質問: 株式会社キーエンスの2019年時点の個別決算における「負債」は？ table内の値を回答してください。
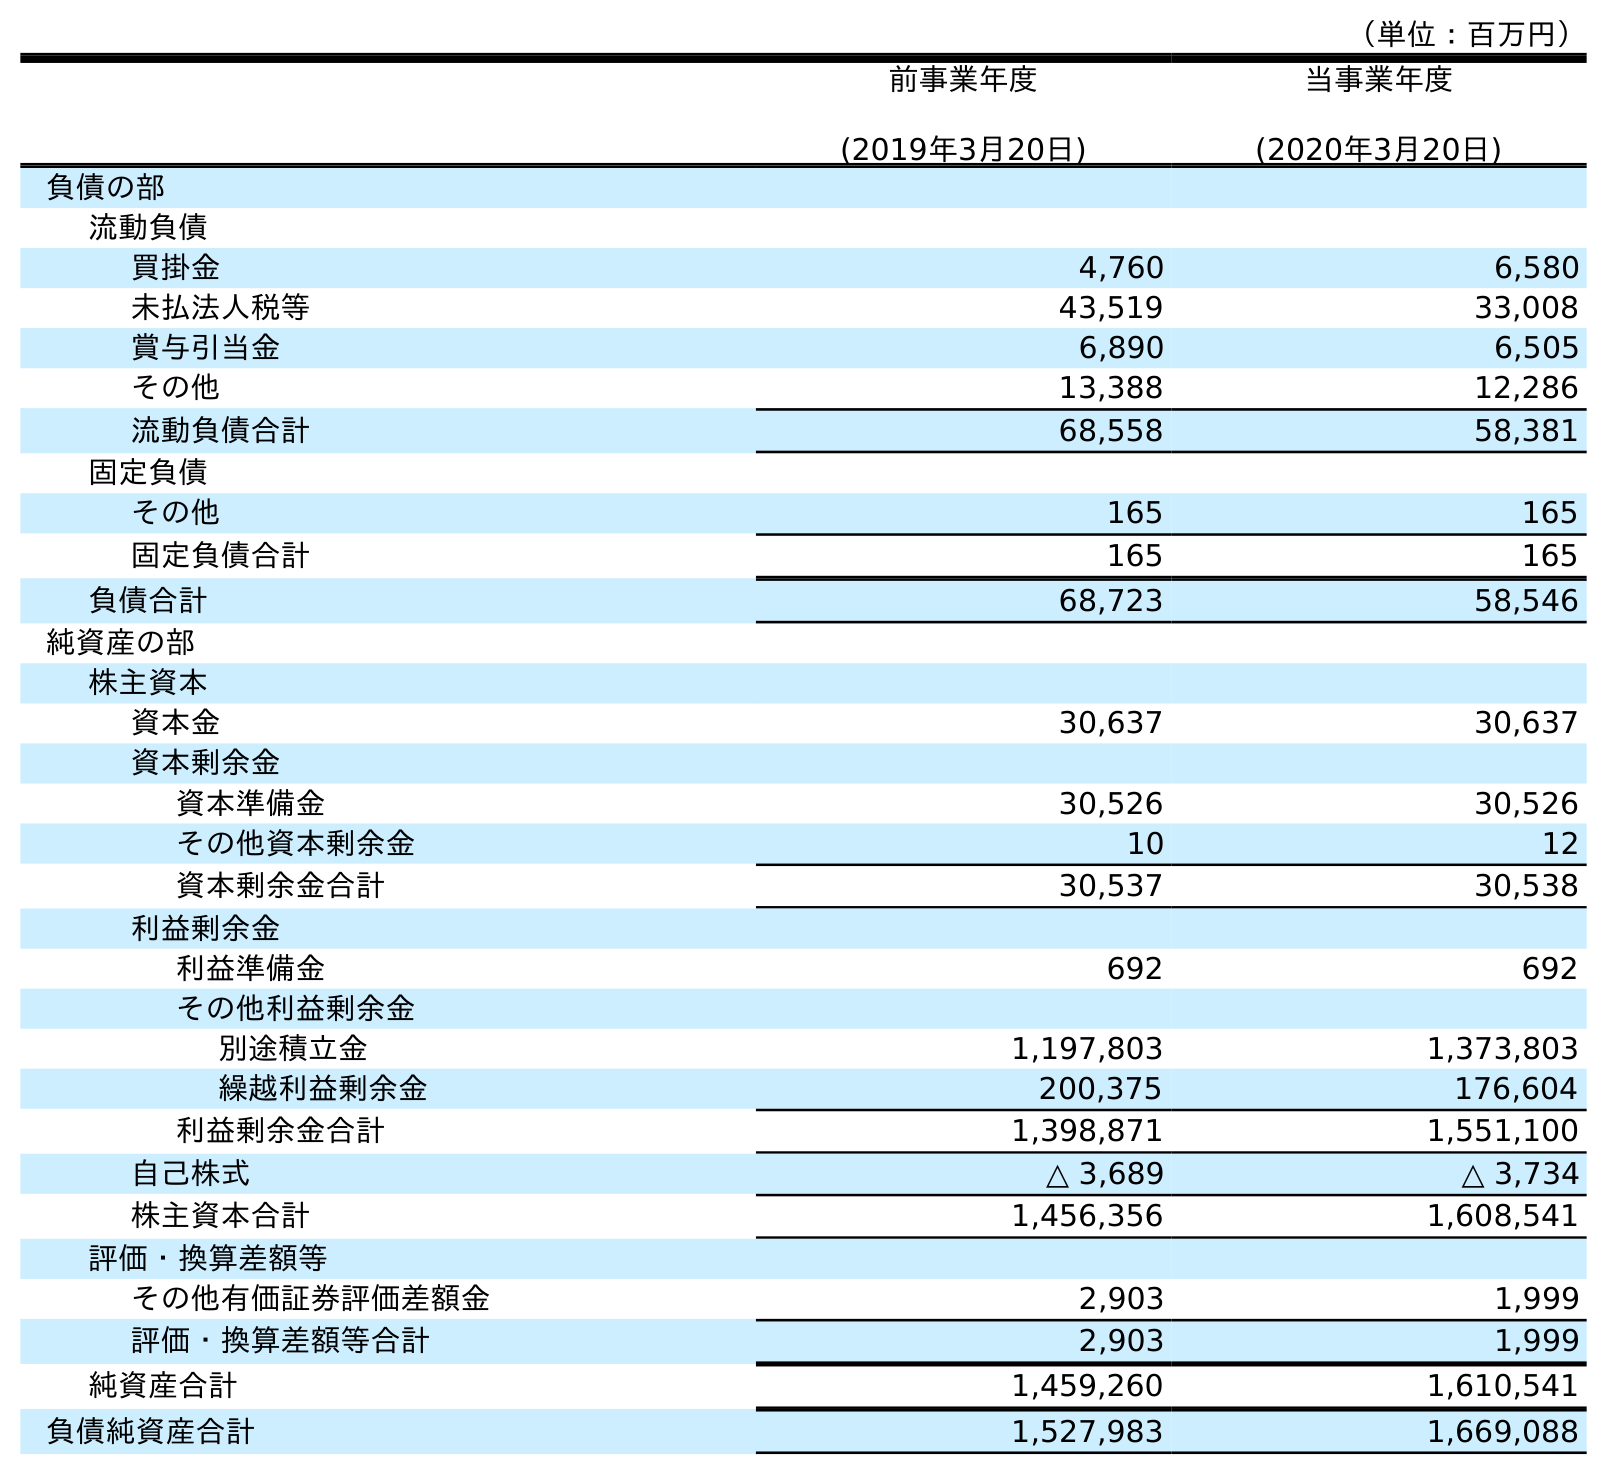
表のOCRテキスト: （単位：百万円） 前事業年度 (2019年3月20日) 当事業年度 (2020年3月20日) 負債の部 流動負債 買掛金 4,760 6,580 未払法人税等 43,519 33,008 賞与引当金 6,890 6,505 その他 13,388 12,286 流動負債合計 68,558 58,381 固定負債 その他 165 165 固定負債合計 165 165 負債合計 68,723 58,546 純資産の部 株主資本 資本金 30,637 30,637 資本剰余金 資本準備金 30,526 30,526 その他資本剰余金 10 12 資本剰余金合計 30,537 30,538 利益剰余金 利益準備金 692 692 その他利益剰余金 別途積立金 1,197,803 1,373,803 繰越利益剰余金 200,375 176,604 利益剰余金合計 1,398,871 1,551,100 自己株式 △ 3,689 △ 3,734 株主資本合計 1,456,356 1,608,541 評価・換算差額等 その他有価証券評価差額金 2,903 1,999 評価・換算差額等合計 2,903 1,999 純資産合計 1,459,260 1,610,541 負債純資産合計 1,527,983 1,669,088
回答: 68,723